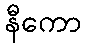
နီကော